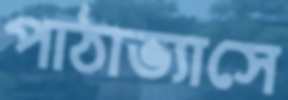
পাঠাভ্যাসে